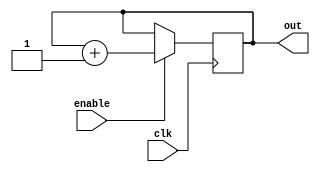
module Ring_Counter_with_Enable (
    input wire clk,
    input wire enable,
    output reg [3:0] out
);

always @(posedge clk) begin
    if (enable) begin
        out <= out + 1;
    end
end

endmodule